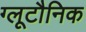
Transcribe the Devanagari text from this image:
ग्लूटौनिक